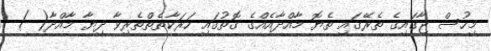
މިހުސް ޖާގައިގެ ތެރޭގައި ތެޔޮ މާއްދާއެއްގެ ގޮތުގައި ހަރަކާތެތްތެރިވާ ދިޔާ މާއްދާ( )